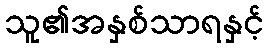
သူ၏အနှစ်သာရနှင့်